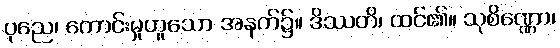
ပုညေ၊ ကောင်းမှုဟူသော အနက်၌။ ဒိဿတိ၊ ထင်၏။ သုစိဏ္ဏော၊